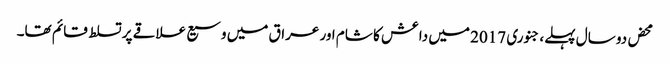
محض دو سال پہلے، جنوری 2017 میں داعش کا شام اور عراق میں وسیع علاقے پر تسلط قائم تھا۔